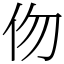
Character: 伆